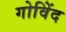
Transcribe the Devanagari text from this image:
गोविेंद